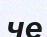
че